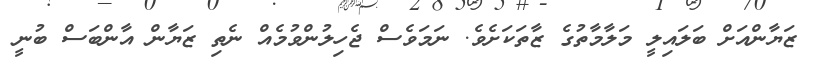
ޒަޔާންއަށް ބަލައިލީ މަލާމާތުގެ ޒާތަކަށެވެ. ނަމަވެސް ޖެހިލުންވުމެއް ނެތި ޒަޔާން އާންބަސް ބުނީ